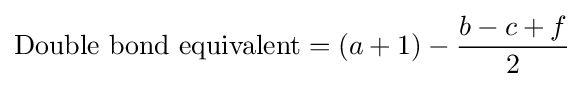
{\text{Double bond equivalent}}=(a+1)-{\frac {b-c+f}{2}}